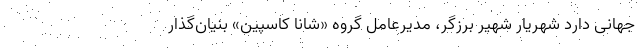
جهانی دارد شهریار شهیر برزگر، مدیرعامل گروه «شانا کاسپین» بنیان‌گذار